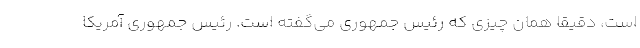
است، دقیقا همان چیزی که رئیس جمهوری می‌گفته است. رئیس جمهوری آمریکا